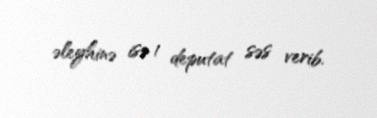
əleyhinə isə 1 deputat səs verib.